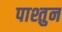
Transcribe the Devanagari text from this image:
पाश्तुन